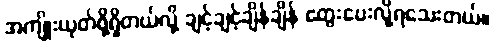
အကျိုးယုတ်ဖို့ရှိတယ်လို့ ချင့်ချင့်ချိန်ချိန် တွေးပေးလို့ရသေးတယ်။